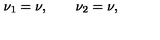
\nu _ { 1 } = \nu , \qquad \nu _ { 2 } = \nu ,